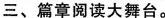
三、篇章阅读大舞台。